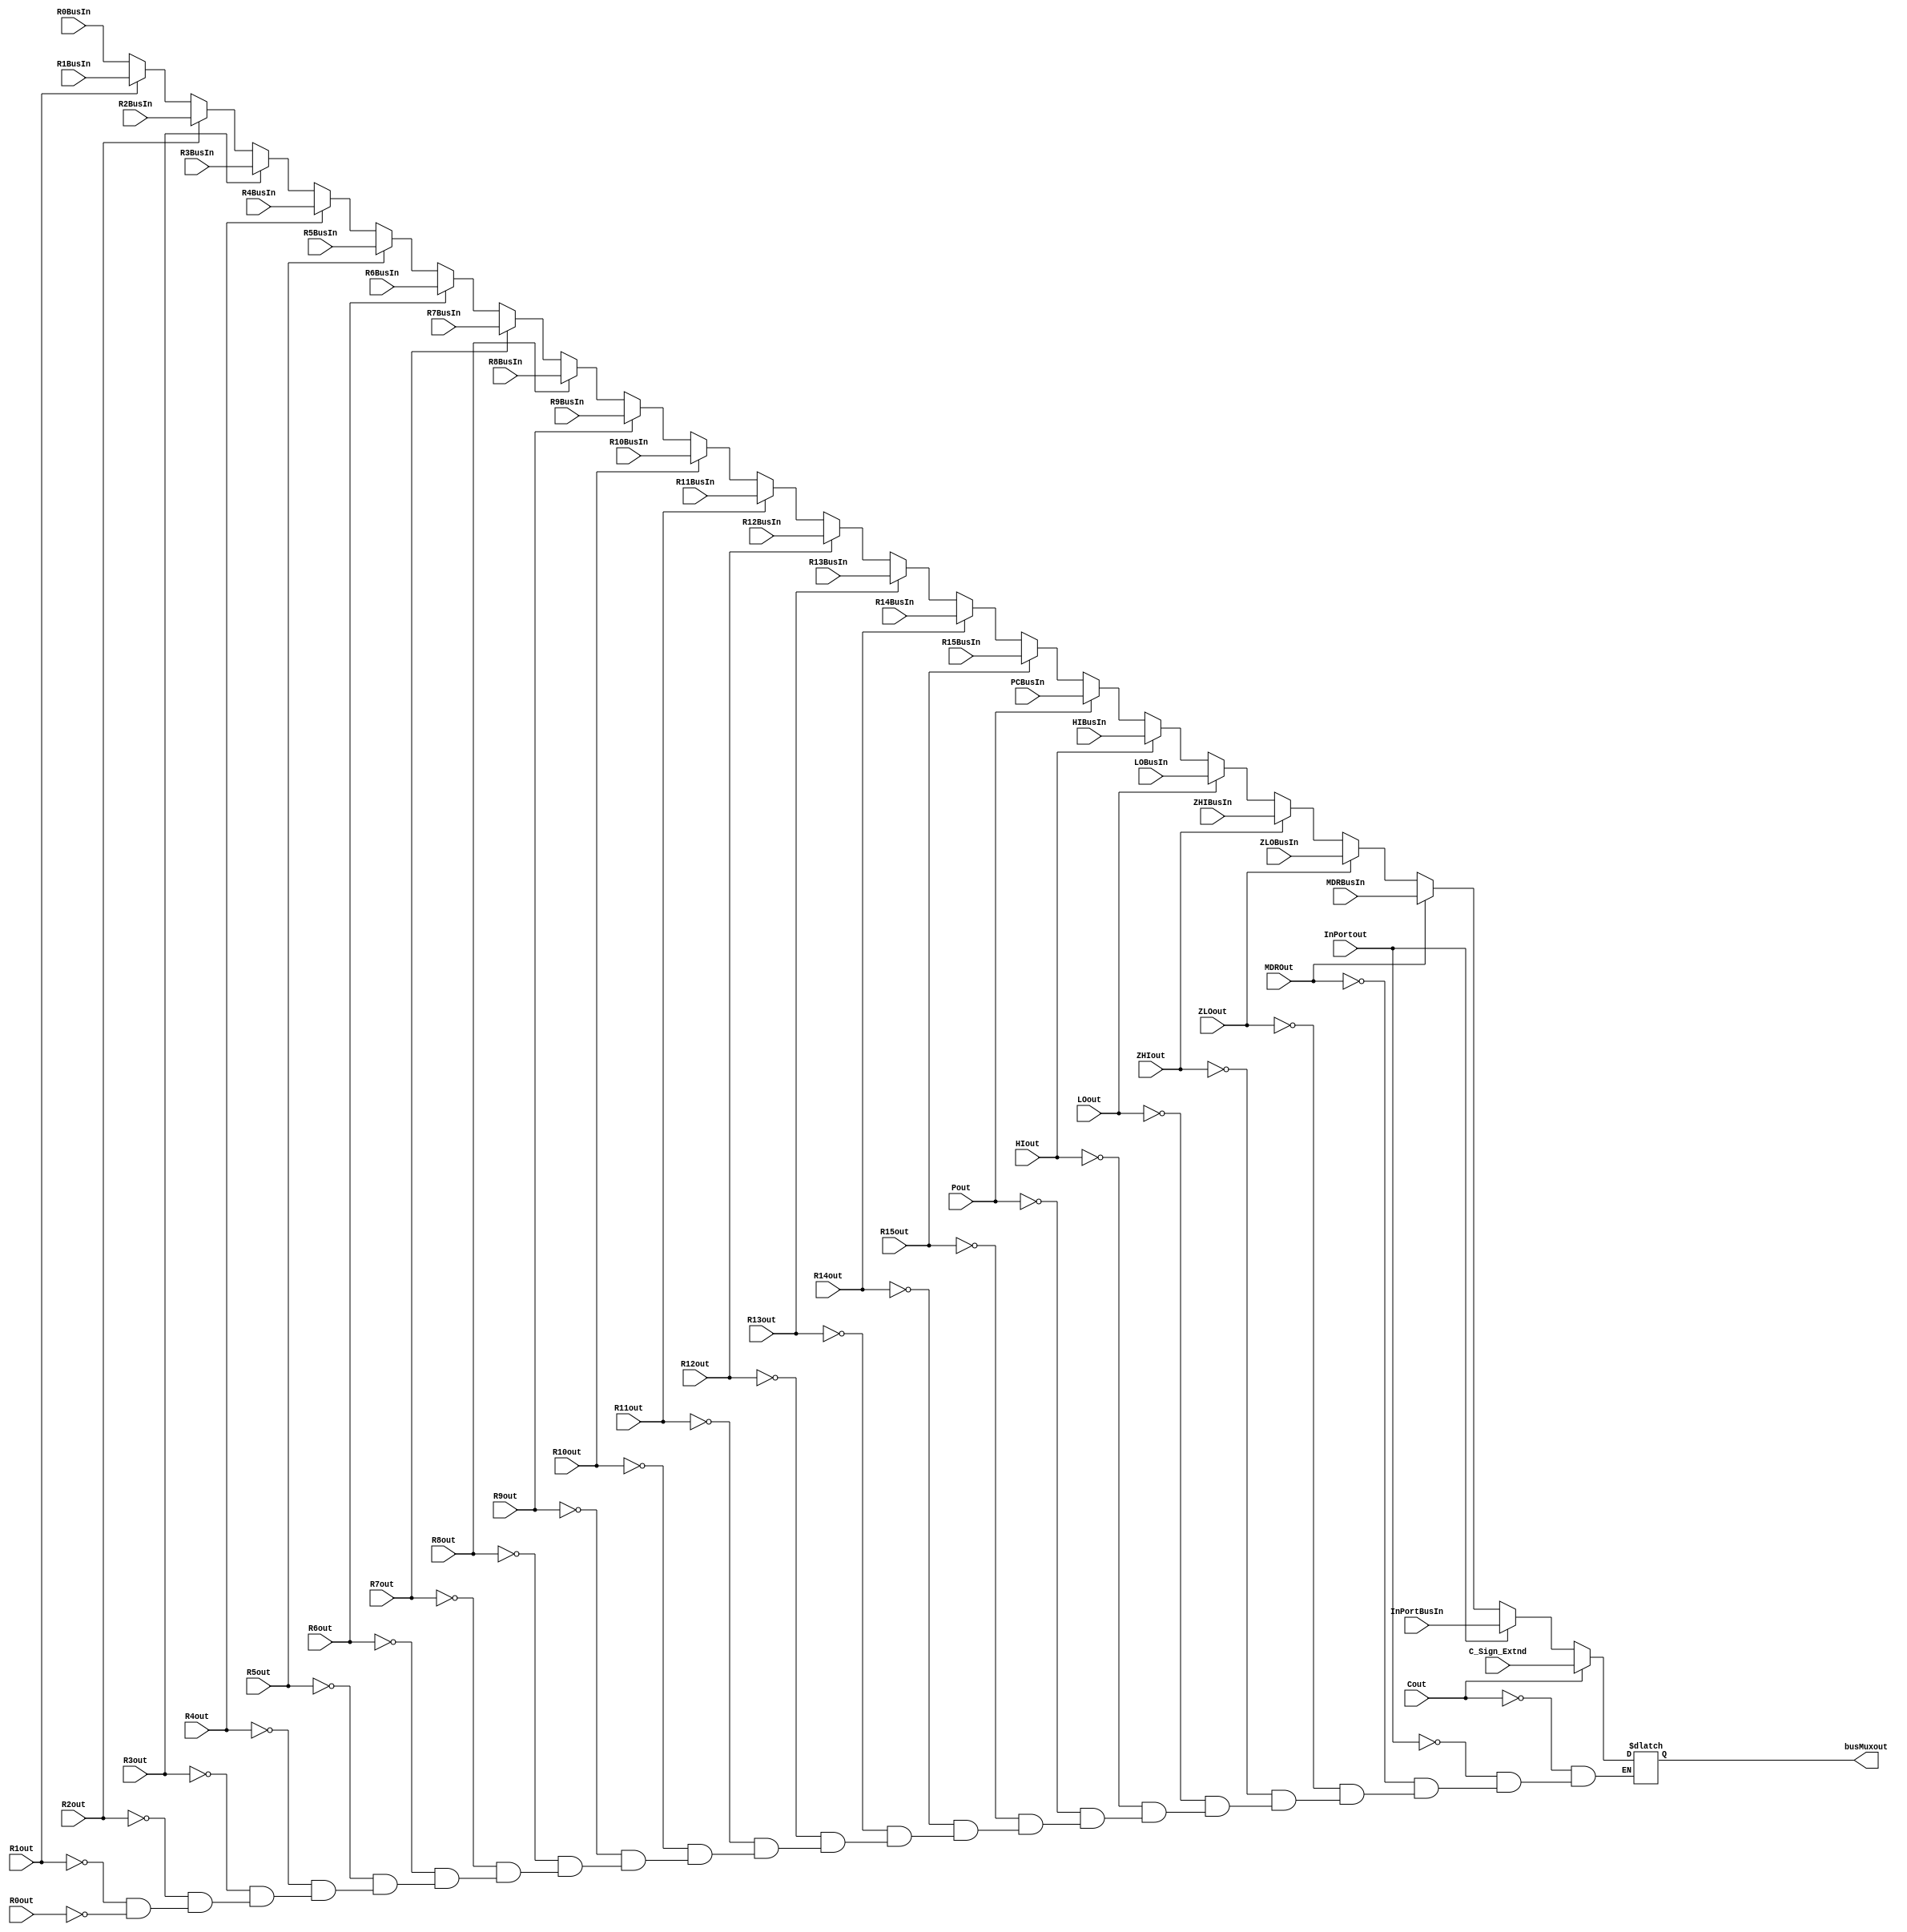

module Bus ( 
//Mux 
input [31:0] R0BusIn,  R1BusIn,  R2BusIn,  R3BusIn,  R4BusIn,  R5BusIn,  R6BusIn,  R7BusIn,  R8BusIn,  R9BusIn,  R10BusIn,  R11BusIn,  R12BusIn,  R13BusIn,  R14BusIn,  R15BusIn,
 HIBusIn, LOBusIn, ZHIBusIn, ZLOBusIn, PCBusIn, MDRBusIn, InPortBusIn, C_Sign_Extnd,
//Encoder 
input R0out, R1out, R2out, R3out, R4out, R5out, R6out, R7out, R8out, R9out, R10out, R11out, R12out, R13out, R14out, R15out, MDROut, HIout, LOout, ZHIout, ZLOout, Pout, Cout, InPortout,

output wire [31:0] busMuxout
);

reg [31:0]q;

always @ (*) begin
	if (R0out) q <= R0BusIn;
	if (R1out) q <= R1BusIn;
	if (R2out) q <= R2BusIn;
	if (R3out) q <= R3BusIn;
	if (R4out) q <= R4BusIn;
	if (R5out) q <= R5BusIn;
	if (R6out) q <= R6BusIn;
	if (R7out) q <= R7BusIn;
	if (R8out) q <= R8BusIn;
	if (R9out) q <= R9BusIn;
	if (R10out) q <= R10BusIn;
	if (R11out) q <= R11BusIn;
	if (R12out) q <= R12BusIn;
	if (R13out) q <= R13BusIn;
	if (R14out) q <= R14BusIn;
	if (R15out) q <= R15BusIn;
	if (Pout) q <= PCBusIn;
	if (HIout) q <= HIBusIn;
	if (LOout) q <= LOBusIn;
	if (ZHIout) q <= ZHIBusIn;
	if (ZLOout) q <= ZLOBusIn;
	if (MDROut) q <= MDRBusIn;
	if (InPortout) q <= InPortBusIn;
	if (Cout) q <= C_Sign_Extnd;
	
end
assign busMuxout = q[31:0];
endmodule